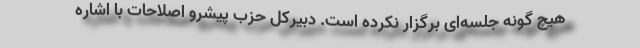
هیچ گونه جلسه‌ای برگزار نکرده است. دبیرکل حزب پیشرو اصلاحات با اشاره